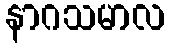
နာဂသမာလ